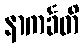
နာကင်္ခတိ